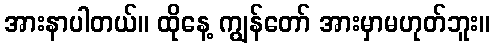
အားနာပါတယ်။ ထိုနေ့ ကျွန်တော် အားမှာမဟုတ်ဘူး။